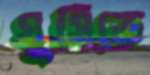
ঘুসিতে